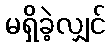
မရှိခဲ့လျှင်